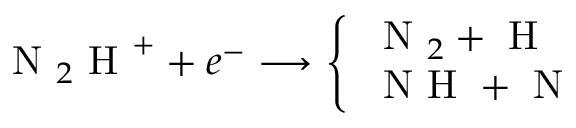
\mathrm { ~ N ~ } _ { 2 } \mathrm { ~ H ~ } ^ { + } + e ^ { - } \longrightarrow \left\{ \begin{array} { l l } { \mathrm { ~ N ~ } _ { 2 } + \mathrm { ~ H ~ } } & { } \\ { \mathrm { ~ N ~ H ~ } + \mathrm { ~ N ~ } } & { } \end{array} \right.